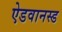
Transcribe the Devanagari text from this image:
ऐडवानस्ड